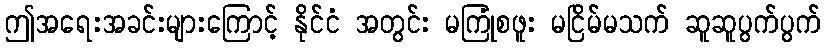
ဤအရေးအခင်းများကြောင့် နိုင်ငံ အတွင်း မကြုံစဖူး မငြိမ်မသက် ဆူဆူပွက်ပွက်